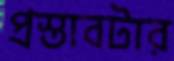
প্রস্তাবটার